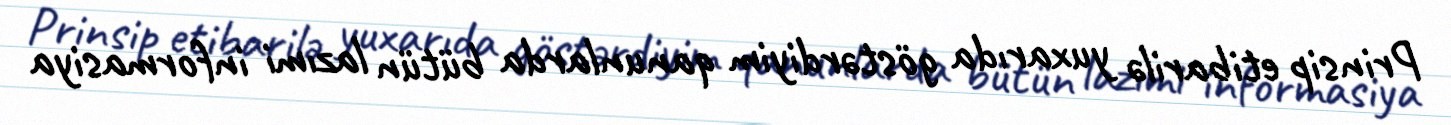
Prinsip etibarilə yuxarıda göstərdiyim qanunlarda bütün lazımi informasiya